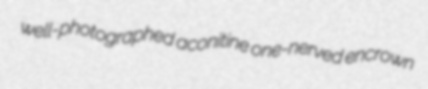
well-photographed aconitine one-nerved encrown